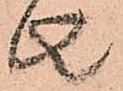
者